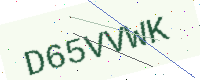
Text: D65VVWK